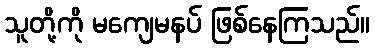
သူတို့ကို မကျေမနပ် ဖြစ်နေကြသည်။